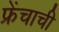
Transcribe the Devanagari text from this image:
फ्रेंचाची